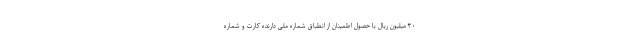
۳۰ میلیون ریال با حصول اطمینان از انطباق شماره ملی دارنده کارت و شماره